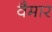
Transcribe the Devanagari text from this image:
वैमार